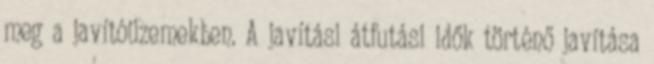
meg a javítóüzemekben. A javítási átfutási idők történő javítása